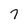
Character: 7